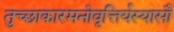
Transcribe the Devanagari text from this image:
तुच्छाकारमनोवृत्तिर्यस्यासौ